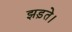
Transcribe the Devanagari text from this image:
झड़ते।